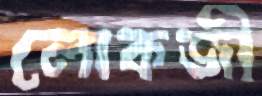
লোকজী